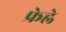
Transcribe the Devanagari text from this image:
फ्रेह्ले